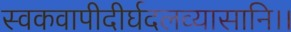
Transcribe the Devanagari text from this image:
स्वकवापीदीर्घदलव्यासानि।।